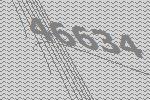
46634